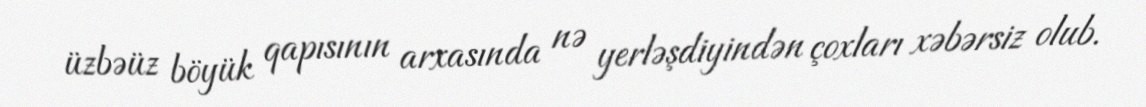
üzbəüz böyük qapısının arxasında nə yerləşdiyindən çoxları xəbərsiz olub.